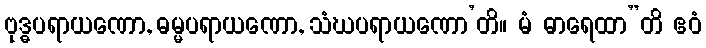
ဗုဒ္ဓပရာယဏော, ဓမ္မပရာယဏော, သံဃပရာယဏော’တိ။ မံ ဓာရေထာ”တိ ဧဝံ